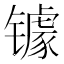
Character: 𮣷